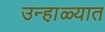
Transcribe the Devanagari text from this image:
उन्हा़ळ्यात